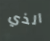
الذي